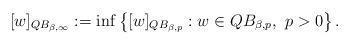
LaTeX: \begin{align*}[w]_{QB_{\beta,\infty}}:= \inf \left \{ [w]_{QB_{\beta,p}}: w\in QB_{\beta,p},~p>0 \right \}.\end{align*}